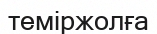
теміржолға